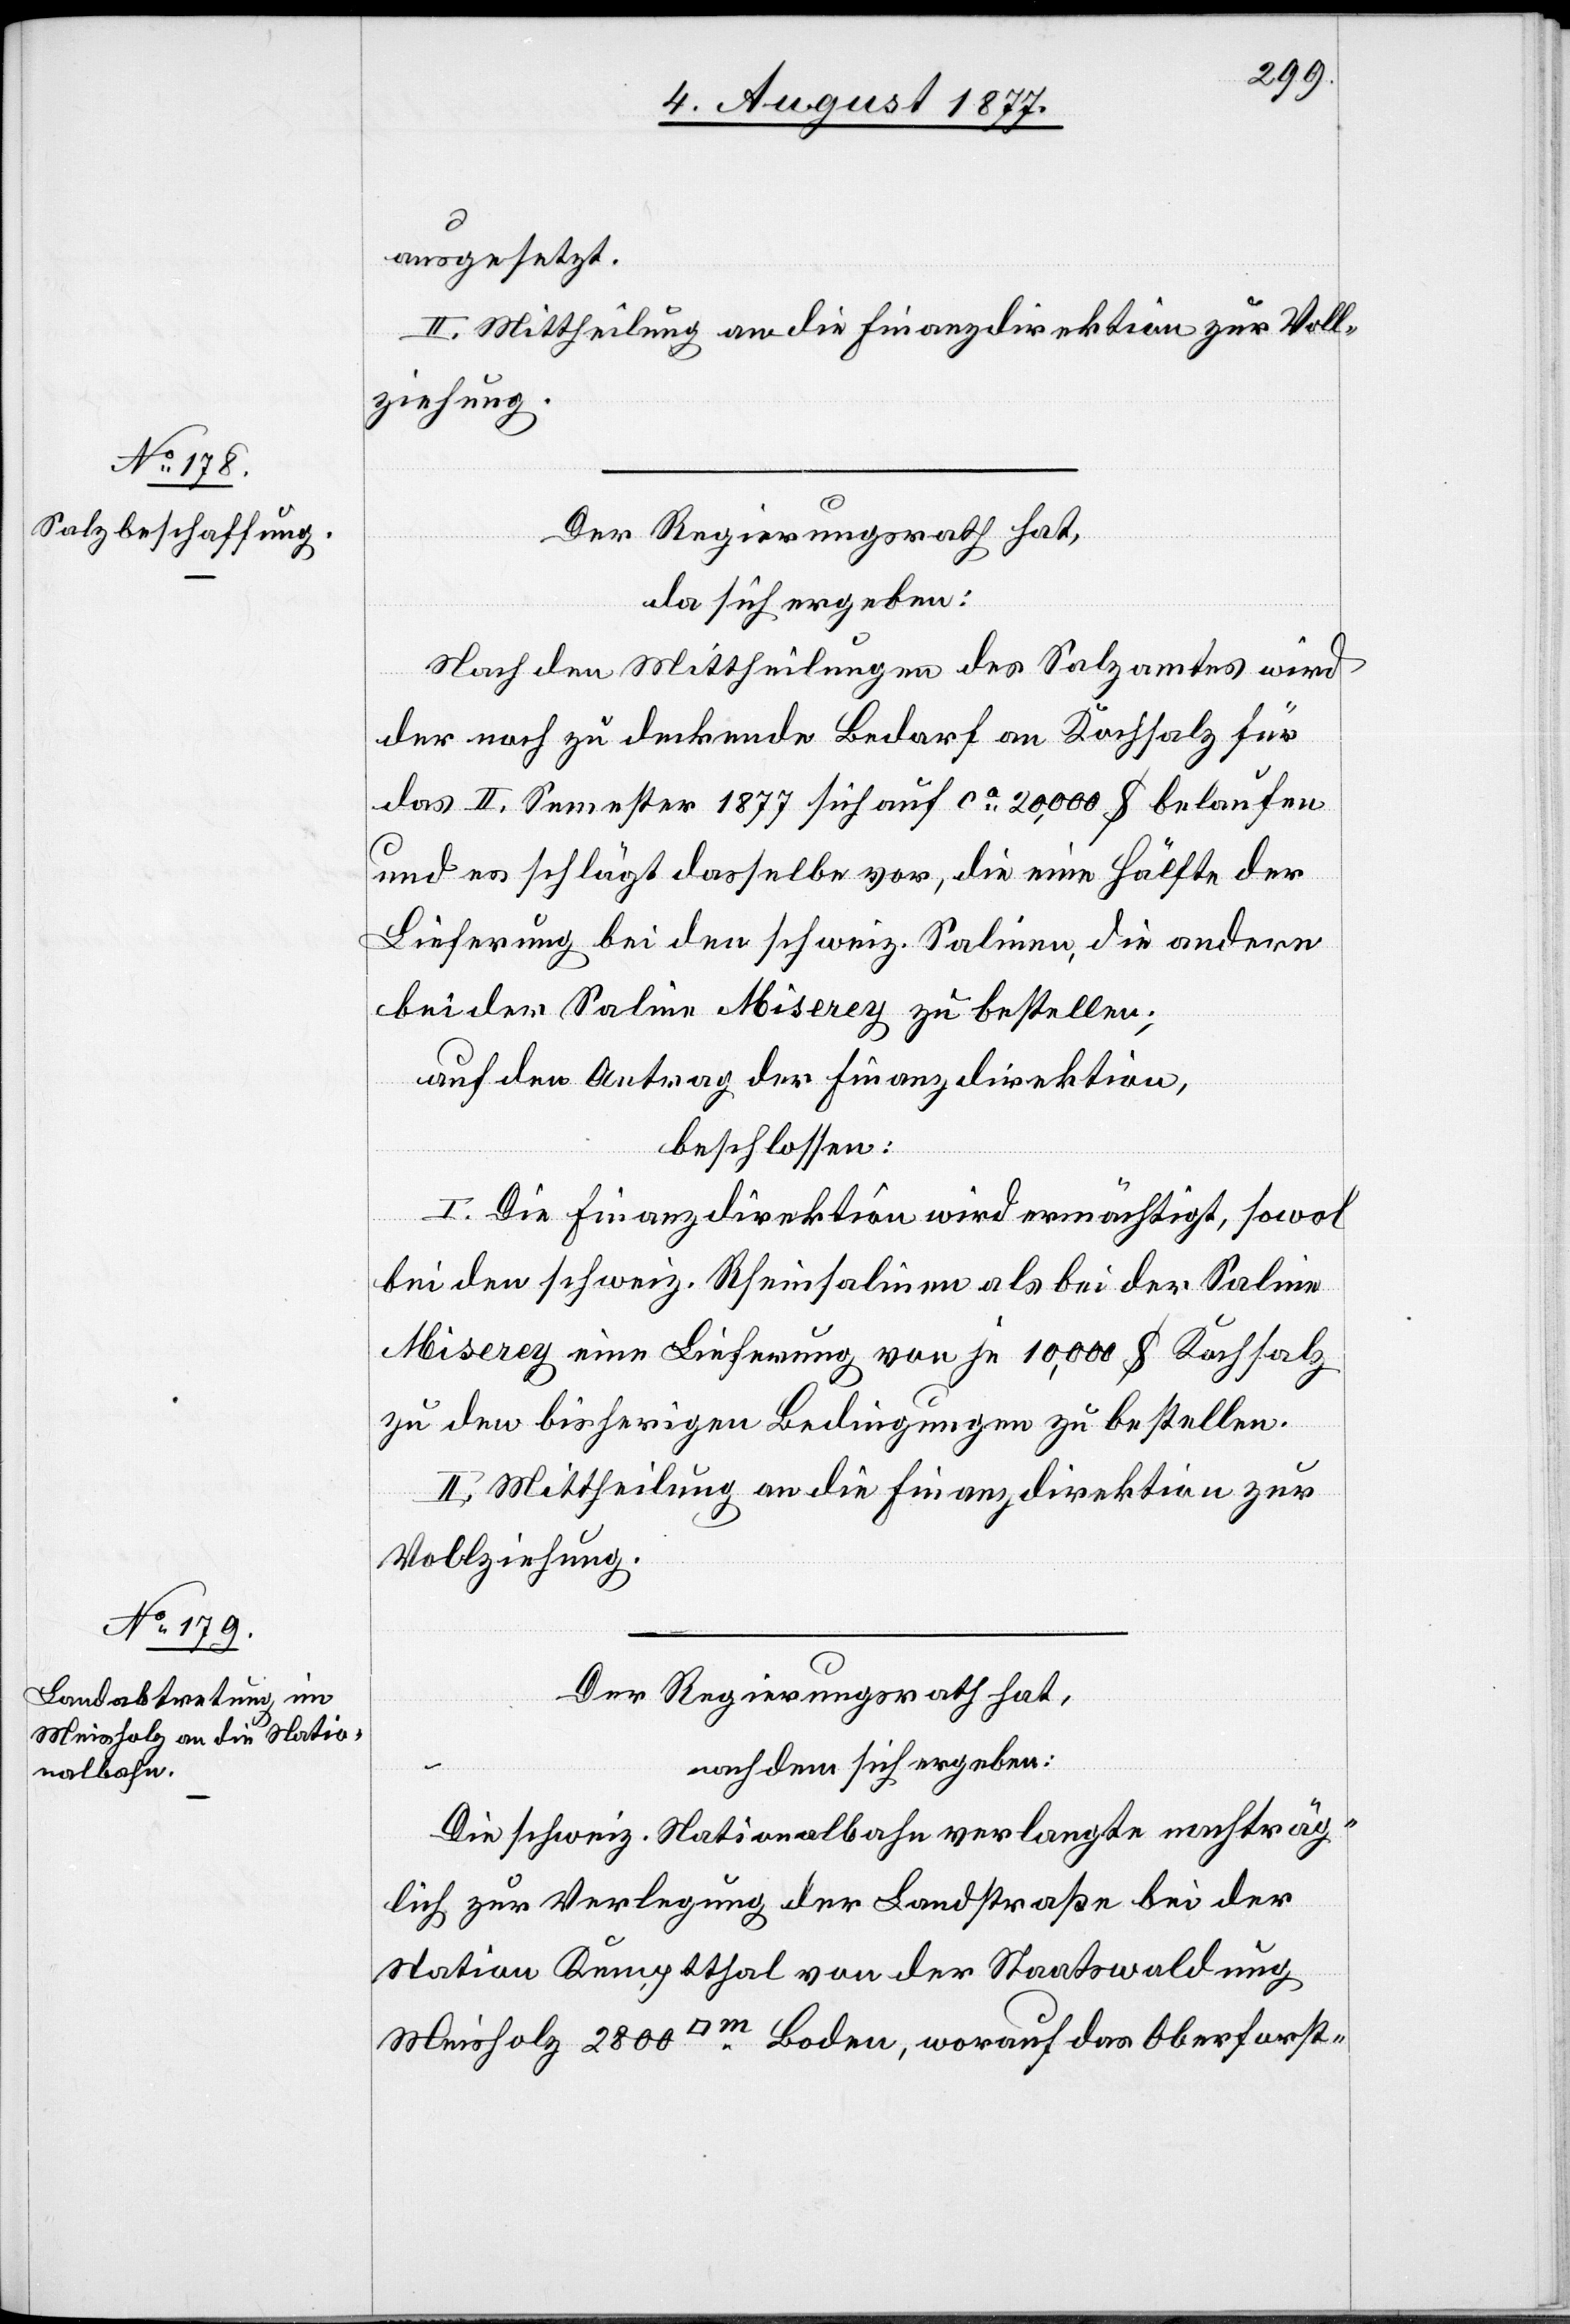
ausgesetzt.
II. Mittheilung an die Finanzdirektion zur Voll¬
ziehung.
Der Regierungsrath hat,
da sich ergeben:
Nach den Mittheilungen des Salzamtes wird
der noch zu deckende Bedarf an Kochsalz für
das II. Semester 1877 sich auf ca 20,000 $ belaufen
und es schlägt dasselbe vor, die eine Hälfte der
Lieferung bei den schweiz. Salinen, die andere
bei der Saline Miserey zu bestellen;
auf den Antrag der Finanzdirektion,
beschlossen:
I. Die Finanzdirektion wird ermächtigt, sowol
bei den schweiz. Rheinsalinen als bei der Saline
Miserey eine Lieferung von je 10,000 $ Kochsalz
zu den bisherigen Bedingungen zu bestellen.
II. Mittheilung an die Finanzdirektion zur
Vollziehung.
Der Regierungsrath hat,
nachdem sich ergeben:
Die schweiz. Nationalbahn verlangte nachträg¬
lich zur Verlegung der Landstraße bei der
Station Kemptthal von der Staatswaldung
Meisholz 2800 [Quadratmeter] Boden, worauf das Oberforst-